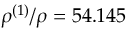
\rho ^ { ( 1 ) } / \rho = 5 4 . 1 4 5